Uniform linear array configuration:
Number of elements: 64
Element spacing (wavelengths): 0.75
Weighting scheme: binomial
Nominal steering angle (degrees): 0
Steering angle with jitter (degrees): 0.5963
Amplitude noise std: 0.05
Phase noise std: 0.05

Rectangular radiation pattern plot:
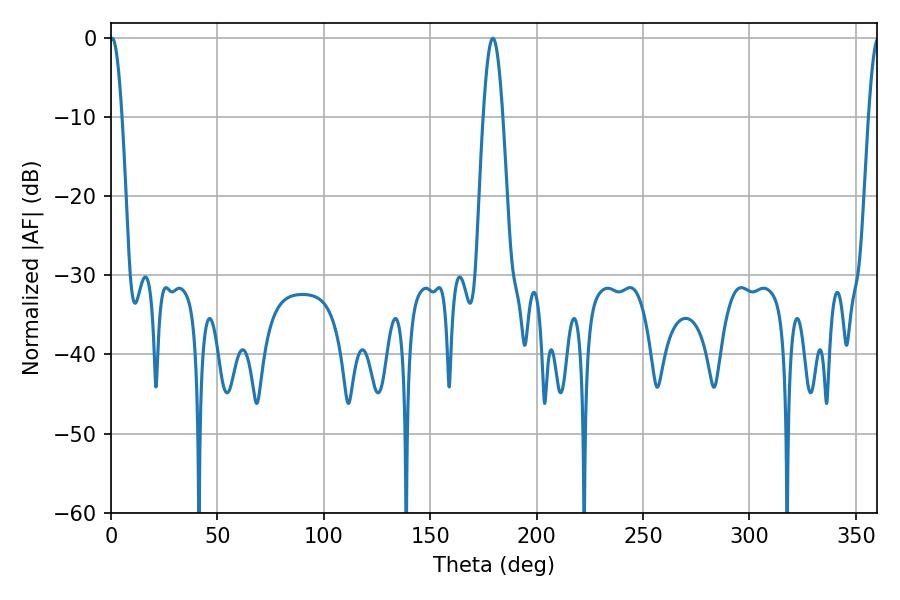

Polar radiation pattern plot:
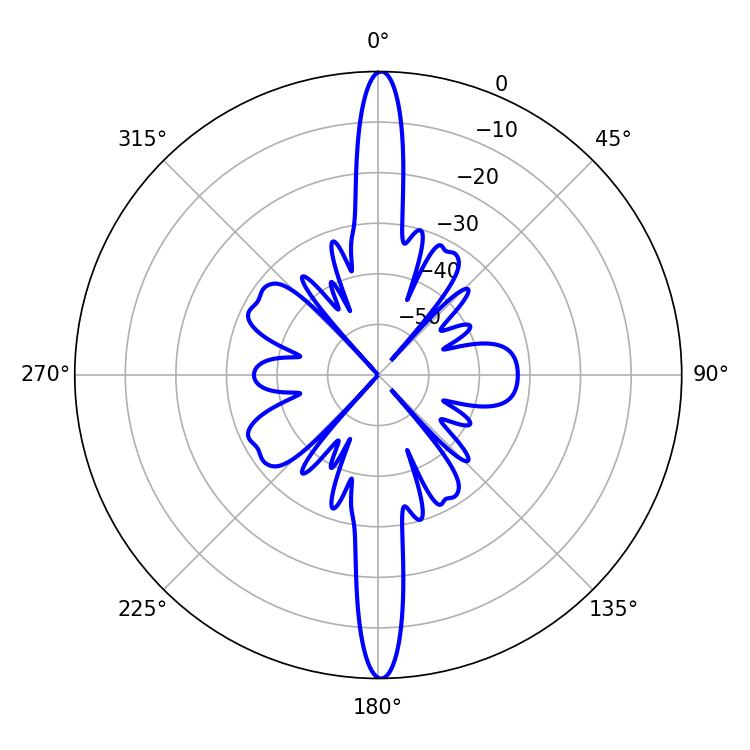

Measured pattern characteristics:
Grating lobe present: TRUE
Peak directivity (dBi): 30.743
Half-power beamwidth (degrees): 3.06
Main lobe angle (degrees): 0.54